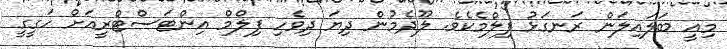
މިއީ ބަލައިލަން ރަނގަޅު ފިލްމެކެވެ. ލޫދެމުން ދިޔަ ދިވެހި ފިލްމް އިންޓަސްޓްރީއަށް ހަގީގީ